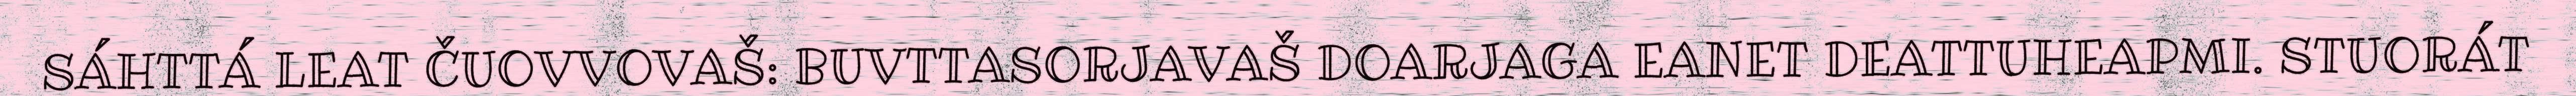
SÁHTTÁ LEAT ČUOVVOVAŠ: BUVTTASORJAVAŠ DOARJAGA EANET DEATTUHEAPMI. STUORÁT